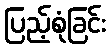
ပြည့်စုံခြင်း